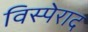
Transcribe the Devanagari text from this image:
विस्पेराद